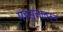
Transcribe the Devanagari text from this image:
महसूलावरून